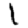
Digit: 1